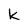
Character: k